Civil Veterinary Department. Madras. Admin. report 1926-33 - 1926-1933
Year: 1926
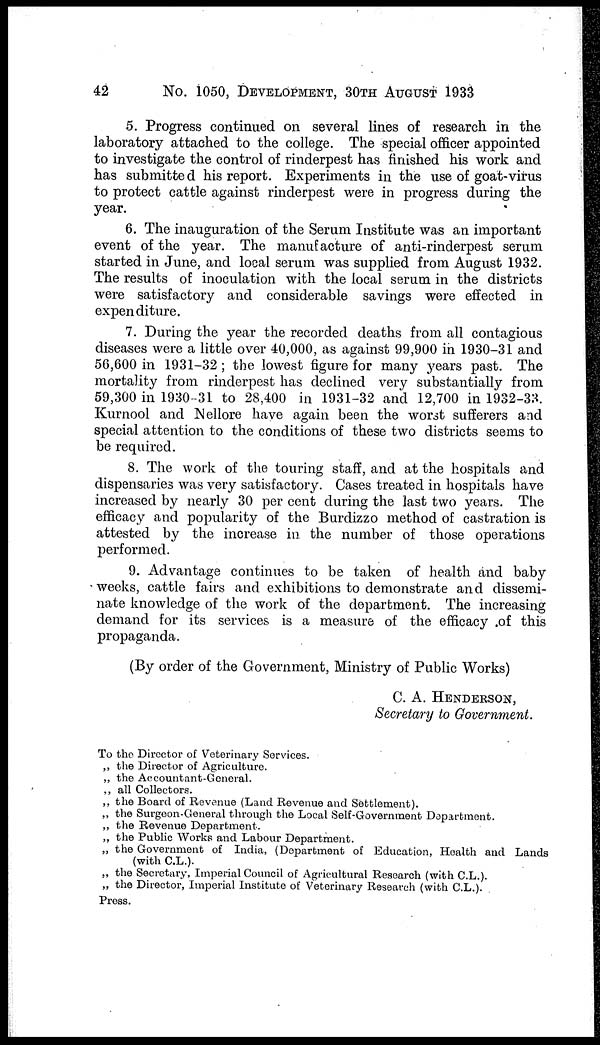
42
No. 1050, DEVELOPMENT, 30TH AUGUST 1933
5. Progress continued on several lines of research in the
laboratory attached to the college. The special officer appointed
to investigate the control of rinderpest has finished his work and
has submitted his report. Experiments in the use of goat-virus
to protect cattle against rinderpest were in progress during the
year.
6. The inauguration of the Serum Institute was an important
event of the year. The manufacture of anti-rinderpest serum
started in June, and local serum was supplied from August 1932.
The results of inoculation with the local serum in the districts
were satisfactory and considerable savings were effected in
expenditure.
7. During the year the recorded deaths from all contagious
diseases were a little over 40,000, as against 99,900 in 1930-31 and
56,600 in 1931-32 ; the lowest figure for many years past. The
mortality from rinderpest has declined very substantially from
59,300 in 1930-31 to 28,400 in 1931-32 and 12,700 in 1932-33.
Kurnool and Nellore have again been the worst sufferers and
special attention to the conditions of these two districts seems to
be required.
8. The work of the touring staff, and at the hospitals and
dispensaries was very satisfactory. Cases treated in hospitals have
increased by nearly 30 per cent during the last two years. The
efficacy and popularity of the Burdizzo method of castration is
attested by the increase in the number of those operations
performed.
9. Advantage continues to be taken of health and baby
weeks, cattle fairs and exhibitions to demonstrate and dissemi-
nate knowledge of the work of the department. The increasing
demand for its services is a measure of the efficacy of this
propaganda.
(By order of the Government, Ministry of Public Works)
C. A. HENDEESON,
Secretary to Government.
To the Director of Veterinary Services.
„ the Director of Agriculture.
„ the Accountant-General.
„ all Collectors.
„ the Board of Revenue (Land Revenue and Settlement).
„ the Surgeon-General through the Local Self-Government Department.
„ the Revenue Department.
„ the Public Works and Labour Department.
„ the Government of India, (Department of Education, Health and Lands
(with C.L.).
„ the Secretary, Imperial Council of Agricultural Research (with C.L.).
„ the Director, Imperial Institute of Veterinary Research (with C.L.).
Press.